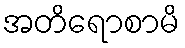
အတိရောစာမိ